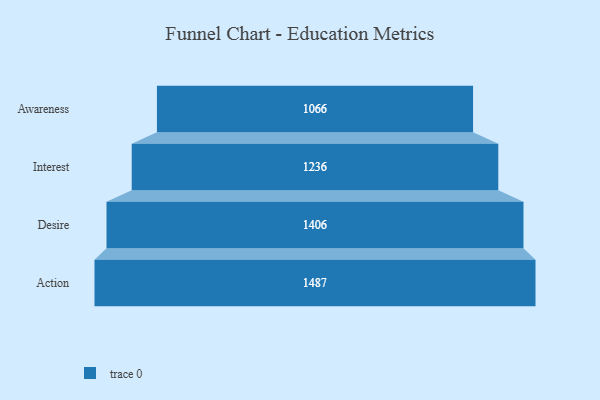
{"axis": {"x": "Stage", "y": "Value"}, "legend": [""], "data": [{"x": "Awareness", "y": 1066.0, "type": ""}, {"x": "Interest", "y": 1236.0, "type": ""}, {"x": "Desire", "y": 1406.0, "type": ""}, {"x": "Action", "y": 1487.0, "type": ""}]}